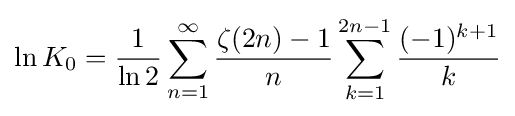
\ln K_{0}={\frac {1}{\ln 2}}\sum _{n=1}^{\infty }{\frac {\zeta (2n)-1}{n}}\sum _{k=1}^{2n-1}{\frac {(-1)^{k+1}}{k}}